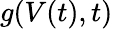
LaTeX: g(V(t),t)